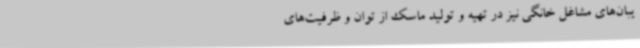
یبان‌های مشاغل خانگی نیز در تهیه و تولید ماسک از توان و ظرفیت‌های